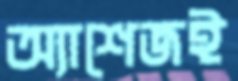
অ্যাশেজই